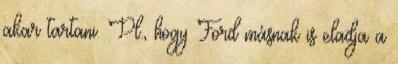
akar tartani. Pl., hogy Ford másnak is eladja a